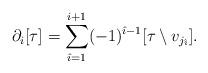
LaTeX: \begin{align*}\partial_{i}[\tau]=\sum_{\hat{\imath}=1}^{i+1}(-1)^{\hat{\imath}-1}[\tau\setminus v_{j_{\hat{\imath}}}].\end{align*}